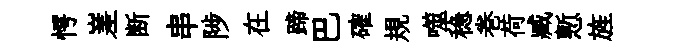
愕嵳断串陟在蹄巴確規噬稳巻荷臧慙旌